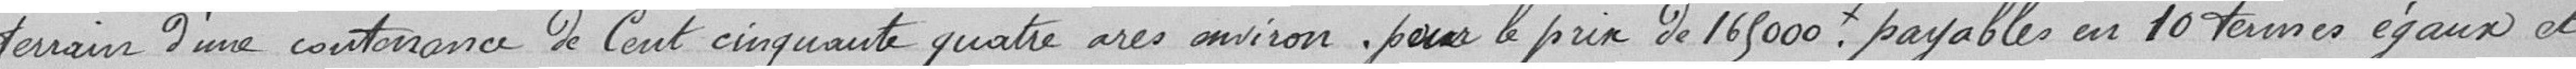
terrain d'une contenance de Cent cinquante quatre ares environs, pour le prix de 165000, payables en 10 termes égaux et